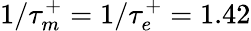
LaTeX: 1/\tau_{m}^{+}=1/\tau_{e}^{+}=1.42